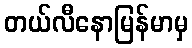
တယ်လီနောမြန်မာမှ